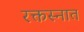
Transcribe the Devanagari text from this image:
रक्तस्नात